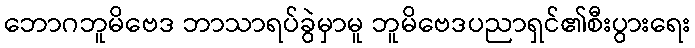
ဘောဂဘူမိဗေဒ ဘာသာရပ်ခွဲမှာမူ ဘူမိဗေဒပညာရှင်၏စီးပွားရေး